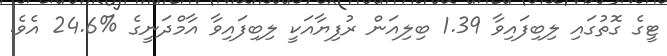
ޓީގެ ގޮތުގައި ލިބިފައިވާ 1.39 ބިލިއަން ރުފިޔާއަކީ ލިބިފައިވާ އާމްދަނީގެ %24.6 އެވެ.